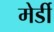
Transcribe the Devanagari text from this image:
मेर्डी